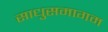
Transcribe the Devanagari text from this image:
साधुसमागम